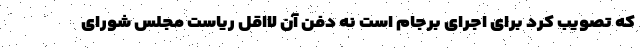
که تصویب کرد برای اجرای برجام است نه دفن آن لااقل ریاست مجلس شورای